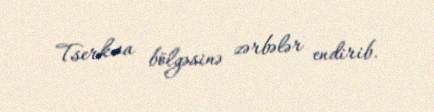
Tserkva bölgəsinə zərbələr endirib.